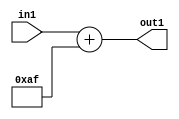
`timescale 1ps / 1ps
/*****************************************************************************
    Verilog RTL Description
    
    
    Created by: Stratus DpOpt 2019.1.01 
*******************************************************************************/

module DC_Filter_Add_12U_290_4 (
	in1,
	out1
	); /* architecture "behavioural" */ 
input [11:0] in1;
output [11:0] out1;
wire [11:0] asc001;

assign asc001 = 
	+(in1)
	+(12'B000010101111);

assign out1 = asc001;
endmodule

/* CADENCE  urnzTw8= : u9/ySgnWtBlWxVPRXgAZ4Og= ** DO NOT EDIT THIS LINE ******/